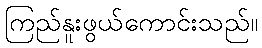
ကြည်နူးဖွယ်ကောင်းသည်။